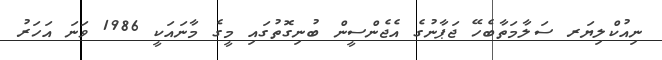
ނިއުކްލިޔަރ ސަލާމަތާބެހޭ ޖަޕާނުގެ އެޖެންސީން ބުނިގޮތުގައި މީގެ މާނައަކީ 1986 ވަނަ އަހަރު